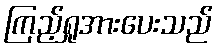
ကြည့်ရှုအားပေးသည်